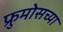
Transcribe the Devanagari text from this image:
फ्रुमोसच्या